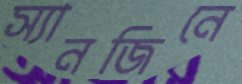
স্যানজিনে